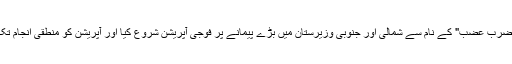
انہوں نےاس سلسلے میں " ضربِ عضب" کے نام سے شمالی اور جنوبی وزیرستان میں بڑے پیمانے پر فوجی آپریشن شروع کیا اور آپریشن کو منطقی انجام تک پہنچانے کا عزم ظاہرکیا۔